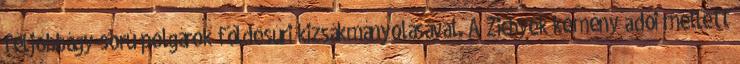
féljobbágy-sorú polgárok földesúri kizsákmányolásával. A Zichyek kemény adói mellett